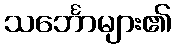
သင်္ဘောများ၏